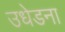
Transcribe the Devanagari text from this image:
उधेडना